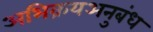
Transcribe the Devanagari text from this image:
अभिक्रयअनुबंध